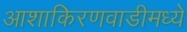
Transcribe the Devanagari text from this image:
आशाकिरणवाडीमध्ये